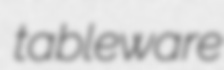
tableware